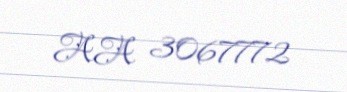
AA 3067772